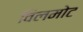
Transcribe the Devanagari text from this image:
विलमोट